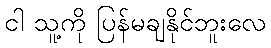
ငါ သူ့ကို ပြန်မချနိုင်ဘူးလေ